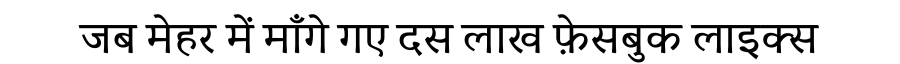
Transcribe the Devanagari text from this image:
जब मेहर में माँगे गए दस लाख फ़ेसबुक लाइक्स